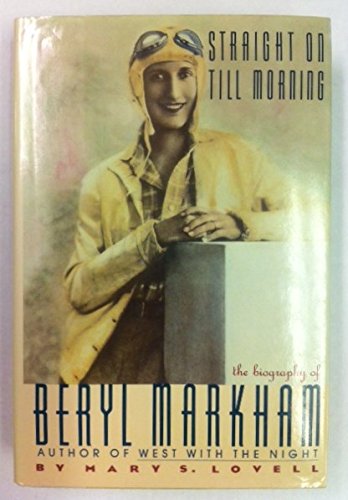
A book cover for Straight on Till Morning: the Biography of Beryl Markham; Mary S. Lovell; Travel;